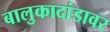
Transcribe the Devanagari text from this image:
बालुकादांडावर